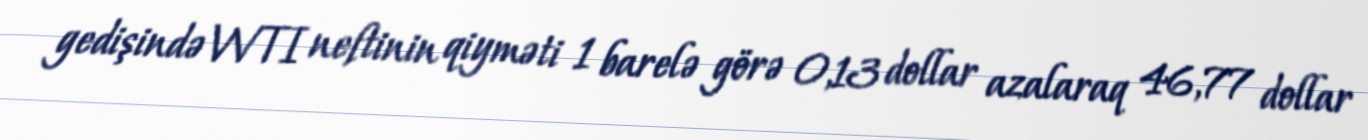
gedişində WTI neftinin qiyməti 1 barelə görə 0,13 dollar azalaraq 46,77 dollar